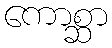
ကောစ္ဆာ